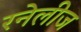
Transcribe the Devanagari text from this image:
रनेलीज